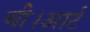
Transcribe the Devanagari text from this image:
थी।आर्ट